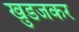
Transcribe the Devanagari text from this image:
खुडजकर